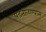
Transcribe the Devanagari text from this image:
पडताळण्यास